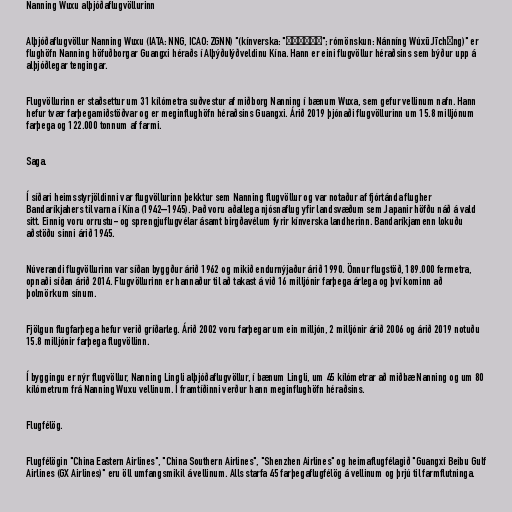
Nanning Wuxu alþjóðaflugvöllurinn

Alþjóðaflugvöllur Nanning Wuxu (IATA: NNG, ICAO: ZGNN) "(kínverska: "南宁吴圩机场"; rómönskun: Nánníng Wúxū Jīchǎng)" er
flughöfn Nanning höfuðborgar Guangxi héraðs í Alþýðulýðveldinu Kína. Hann er eini flugvöllur héraðsins sem býður upp á
alþjóðlegar tengingar.

Flugvöllurinn er staðsettur um 31 kílómetra suðvestur af miðborg Nanning í bænum Wuxa, sem gefur vellinum nafn. Hann
hefur tvær farþegamiðstöðvar og er meginflughöfn héraðsins Guangxi. Árið 2019 þjónaði flugvöllurinn um 15.8 milljónum
farþega og 122.000 tonnum af farmi.

Saga.

Í síðari heimsstyrjöldinni var flugvöllurinn þekktur sem Nanning flugvöllur og var notaður af fjórtánda flugher
Bandaríkjahers til varna í Kína (1942–1945). Það voru aðallega njósnaflug yfir landsvæðum sem Japanir höfðu náð á vald
sitt. Einnig voru orrustu- og sprengjuflugvélar ásamt birgðavélum fyrir kínverska landherinn. Bandaríkjamenn lokuðu
aðstöðu sinni árið 1945.

Núverandi flugvöllurinn var síðan byggður árið 1962 og mikið endurnýjaður árið 1990. Önnur flugstöð, 189.000 fermetra,
opnaði síðan árið 2014. Flugvöllurinn er hannaður til að takast á við 16 milljónir farþega árlega og því kominn að
þolmörkum sínum.

Fjölgun flugfarþega hefur verið gríðarleg. Árið 2002 voru farþegar um ein milljón, 2 milljónir árið 2006 og árið 2019 notuðu
15.8 milljónir farþega flugvöllinn.

Í byggingu er nýr flugvöllur, Nanning Lingli alþjóðaflugvöllur, í bænum Lingli, um 45 kílómetrar að miðbæ Nanning og um 80
kílómetrum frá Nanning Wuxu vellinum. Í framtíðinni verður hann meginflughöfn héraðsins.

Flugfélög.

Flugfélögin "China Eastern Airlines", "China Southern Airlines", "Shenzhen Airlines" og heimaflugfélagið "Guangxi Beibu Gulf
Airlines (GX Airlines)" eru öll umfangsmikil á vellinum. Alls starfa 45 farþegaflugfélög á vellinum og þrjú til farmflutninga.